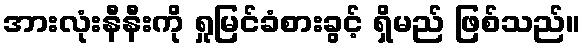
အားလုံးနီနီးကို ရှုမြင်ခံစားခွင့် ရှိမည် ဖြစ်သည်။